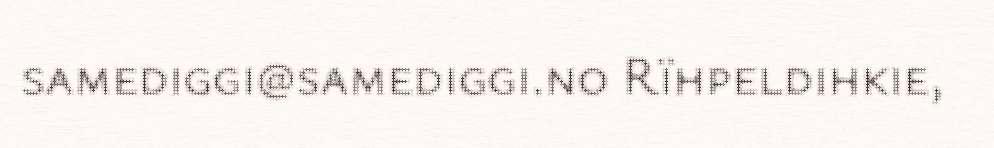
samediggi@samediggi.no Rïhpeldihkie,